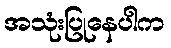
အသုံးပြုနေပါက